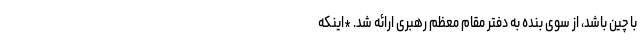
با چین باشد، از سوی بنده به دفتر مقام معظم رهبری ارائه شد. *اینکه